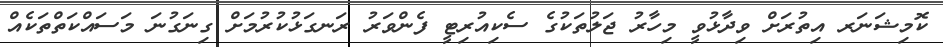
ކޮމިޝަނަރ އިތުރަށް ވިދާޅުވީ މިހާރު ޖަލުތަކުގެ ސެކިއުރިޓީ ފެންވަރު ރަނގަޅުކުރުމަށް ގިނަގުނަ މަސައްކަތްތަކެއް